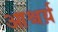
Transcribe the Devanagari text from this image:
आश्चर्य़